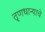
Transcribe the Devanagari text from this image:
तृणधान्याचे